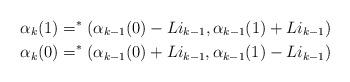
LaTeX: \begin{align*}\alpha_k(1) = ^*(\alpha_{k-1}(0)-Li_{k-1},\alpha_{k-1}(1)+Li_{k-1}) \\\alpha_k(0) = ^*(\alpha_{k-1}(0)+Li_{k-1},\alpha_{k-1}(1)-Li_{k-1}) \end{align*}